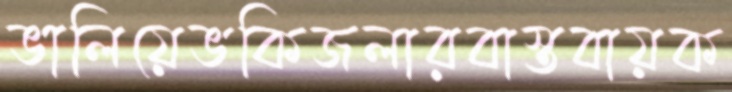
ভালিয়েভকিজলারবাস্তবায়ক